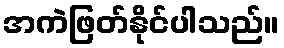
အကဲဖြတ်နိုင်ပါသည်။